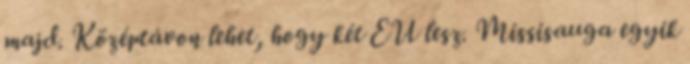
majd. Középtávon lehet, hogy két EU lesz. Missisauga egyik